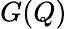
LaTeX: G(Q)